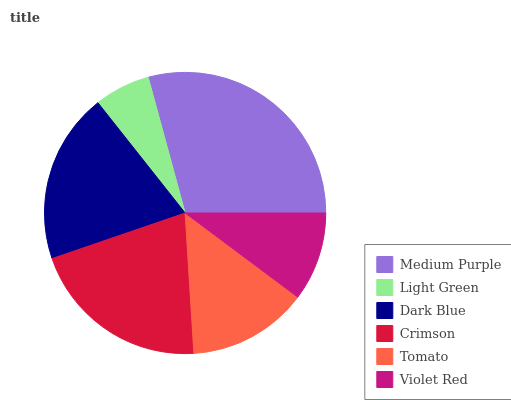
| Medium Purple | Light Green | Dark Blue | Crimson | Tomato | Violet Red |
 | --- | --- | --- | --- | --- | --- |
 | 29.3% | 6.43% | 19.6% | 20.7% | 13.8% | 10.2% |